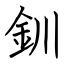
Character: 釧